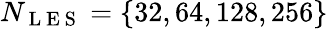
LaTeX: N_{\mathrm{~L~E~S~}}=\{ 32,64,128,256\}